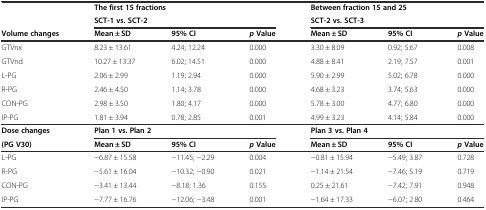
|  | <COLSPAN=3> The first 15 fractions | <COLSPAN=3> Between fraction 15 and 25 |
 |  | <COLSPAN=3> SCT-1 vs. SCT-2 | <COLSPAN=3> SCT-2 vs. SCT-3 |
 | Volume changes | Mean ± SD | 95% CI | pValue | Mean ± SD | 95% CI | pValue |
 | --- | --- | --- | --- | --- | --- | --- |
 | GTVnx | 8.23 ± 13.61 | 4.24; 12.24 | 0.000 | 3.30 ± 8.09 | 0.92; 5.67 | 0.008 |
 | GTVnd | 10.27 ± 13.37 | 6.02; 14.51 | 0.000 | 4.88 ± 8.41 | 2.19; 7.57 | 0.001 |
 | L-PG | 2.06 ± 2.99 | 1.19; 2.94 | 0.000 | 5.90 ± 2.99 | 5.02; 6.78 | 0.000 |
 | R-PG | 2.46 ± 4.50 | 1.14; 3.78 | 0.000 | 4.68 ± 3.23 | 3.74; 5.63 | 0.000 |
 | CON-PG | 2.98 ± 3.50 | 1.80; 4.17 | 0.000 | 5.78 ± 3.00 | 4.77; 6.80 | 0.000 |
 | IP-PG | 1.81 ± 3.94 | 0.78; 2.85 | 0.001 | 4.99 ± 3.23 | 4.14; 5.84 | 0.000 |
 | Dose changes | <COLSPAN=3> Plan 1 vs. Plan 2 | <COLSPAN=3> Plan 3 vs. Plan 4 |
 | (PG V30) | Mean ± SD | 95% CI | p Value | Mean ± SD | 95% CI | pValue |
 | L-PG | −6.87 ± 15.58 | −11.45; −2.29 | 0.004 | −0.81 ± 15.94 | −5.49; 3.87 | 0.728 |
 | R-PG | −5.61 ± 16.04 | −10.32; −0.90 | 0.021 | −1.14 ± 21.54 | −7.46; 5.19 | 0.719 |
 | CON-PG | −3.41 ± 13.44 | −8.18; 1.36 | 0.155 | 0.25 ± 21.61 | −7.42; 7.91 | 0.948 |
 | IP-PG | −7.77 ± 16.76 | −12.06; −3.48 | 0.001 | −1.64 ± 17.33 | −6.07; 2.80 | 0.464 |